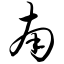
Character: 南